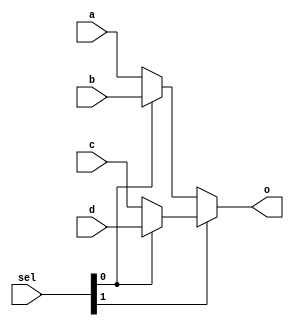
module mux4to1_32(
	input wire [31:0] a,
	input wire [31:0] b,
	input wire [31:0] c,
	input wire [31:0] d,
	input wire [1:0] sel,
	output wire [31:0] o
);
	assign o = sel[1] ? (sel[0] ? d : c) : (sel[0] ? b : a);
	
endmodule